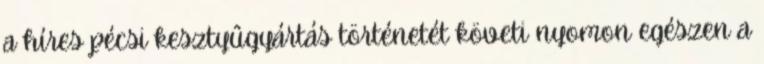
a híres pécsi kesztyûgyártás történetét követi nyomon egészen a